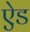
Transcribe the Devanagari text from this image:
ऐ़ड